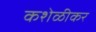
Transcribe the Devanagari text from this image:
कशेळीकर